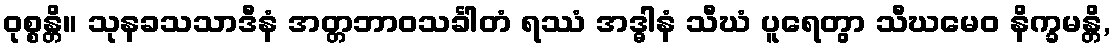
ဝုစ္စန္တိ။ သုနခသသာဒီနံ အတ္တဘာဝသင်္ခါတံ ရဿံ အဒ္ဓါနံ သီဃံ ပူရေတွာ သီဃမေဝ နိက္ခမန္တိ,